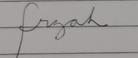
Signature authenticity: forged